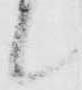
候